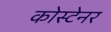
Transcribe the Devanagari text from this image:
कोस्टेनर